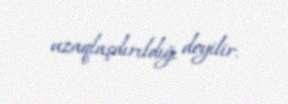
uzaqlaşdırıldığı deyilir.